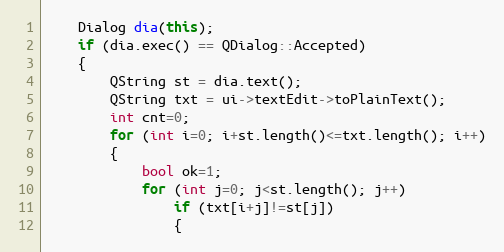
Language: C++
    Dialog dia(this);
    if (dia.exec() == QDialog::Accepted)
    {
        QString st = dia.text();
        QString txt = ui->textEdit->toPlainText();
        int cnt=0;
        for (int i=0; i+st.length()<=txt.length(); i++)
        {
            bool ok=1;
            for (int j=0; j<st.length(); j++)
                if (txt[i+j]!=st[j])
                {